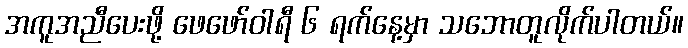
အကူအညီပေးဖို့ ဖေဖော်ဝါရီ ၆ ရက်နေ့မှာ သဘောတူလိုက်ပါတယ်။